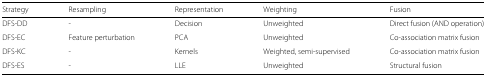
<table><thead><tr><td><b>Strategy</b></td><td><b>Resampling</b></td><td><b>Representation</b></td><td><b>Weighting</b></td><td><b>Fusion</b></td></tr></thead><tbody><tr><td>DFS-DD</td><td>-</td><td>Decision</td><td>Unweighted</td><td>Direct fusion (AND operation)</td></tr><tr><td>DFS-EC</td><td>Feature perturbation</td><td>PCA</td><td>Unweighted</td><td>Co-association matrix fusion</td></tr><tr><td>DFS-KC</td><td>-</td><td>Kernels</td><td>Weighted, semi-supervised</td><td>Co-association matrix fusion</td></tr><tr><td>DFS-ES</td><td>-</td><td>LLE</td><td>Unweighted</td><td>Structural fusion</td></tr></tbody></table>